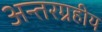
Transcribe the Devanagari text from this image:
अन्तरग्रहीय